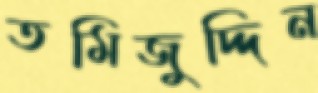
তমিজুদ্দিন